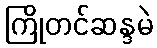
ကြိုတင်ဆန္ဒမဲ